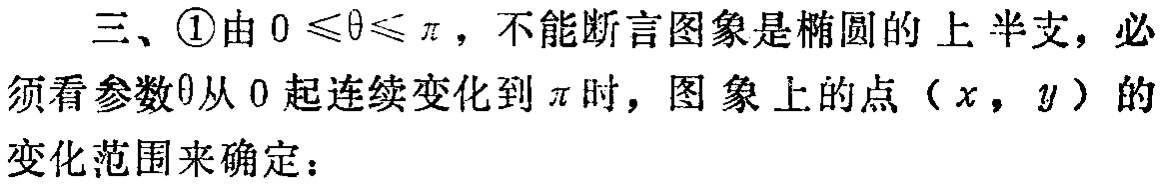
三、\textcircled{1}由\(0\leqslant\theta\leqslant\pi\)，不能断言图象是椭圆的上半支，必须看参数\(\theta\)从\(0\)起连续变化到\(\pi\)时，图象上的点（\(x\)，\(y\)）的变化范围来确定：